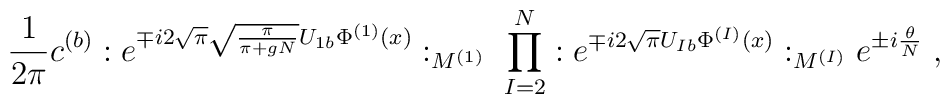
\frac{1}{2\pi} c^{(b)}: e^{\mp i 2 \sqrt{\pi} \sqrt{\frac{\pi}{\pi +gN}} U_{1 b} \Phi^{(1)}(x)}:_{M^{(1)}} \; \prod_{I=2}^N: e^{\mp i 2 \sqrt{\pi} U_{I b} \Phi^{(I)}(x)}:_{M^{(I)}} e^{\pm i \frac{\theta}{N}}\; ,